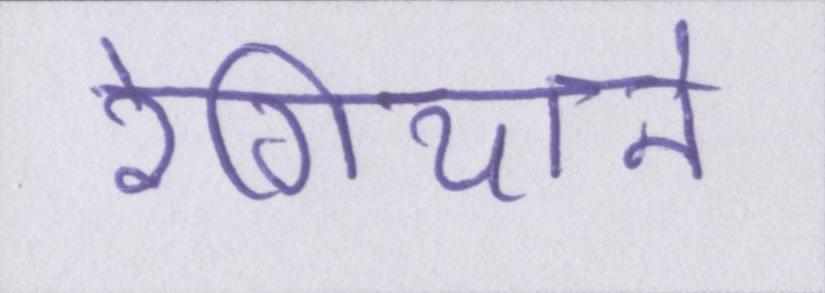
रेगियाने